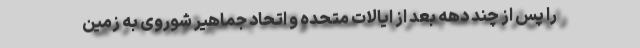
را پس از چند دهه بعد از ایالات متحده و اتحاد جماهیر شوروی به زمین